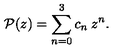
{ \cal { P } } ( z ) = \sum _ { n = 0 } ^ { 3 } c _ { n } \: z ^ { n } .